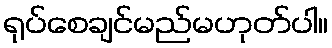
ရုပ်စေချင်မည်မဟုတ်ပါ။